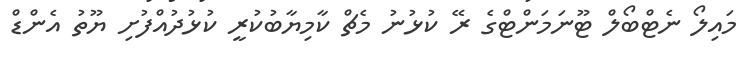
މައިލޯ ނެޓްބޯލް ޓޫނަމަންޓްގެ ރޭ ކުޅުނު މެޗް ކާމިޔާބުކުރީ ކުޅުދުއްފުށި ޔޫތު އެންޑް